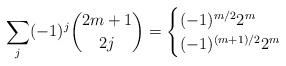
LaTeX: \begin{align*} \sum_{j} (-1)^j\binom{2m+1}{2j} = \begin{cases} (-1)^{m/2} 2^m & \\(-1)^{(m+1)/2} 2^m & \end{cases}\end{align*}